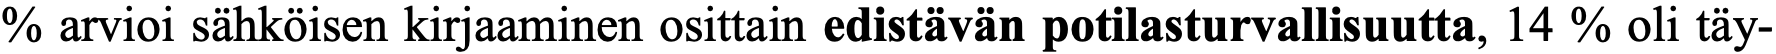
% arvioi sähköisen kirjaaminen osittain edistävän potilasturvallisuutta, 14 % oli täy-